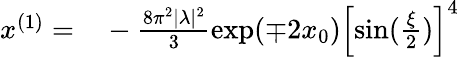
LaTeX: \begin{array}{rl}{x^{(1)}=}&{{}-\frac{8\pi^{2}|\lambda|^{2}}{3}\exp(\mp 2x_{0})\left[\sin(\frac{\xi}{2})\right]^{4}}\end{array}